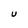
Character: U